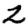
Digit: 2